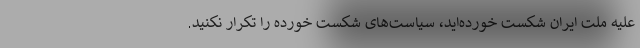
علیه ملت ایران شکست‌ خورده‌اید، سیاست‌های شکست خورده را تکرار نکنید.